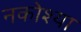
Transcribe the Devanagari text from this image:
नकोश्या